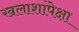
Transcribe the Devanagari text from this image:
खलाशांपेक्षा